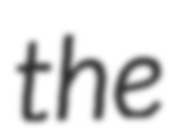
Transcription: the